Subject: physics
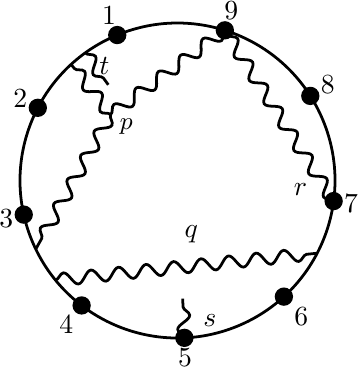
LaTeX code:
\begin{tikzpicture}[rotate=-67.5, line width=1, scale=2]
	\def \n {9}
	\draw circle(1)
	\foreach \v in{1,...,\n}
	{(360*\v/\n-360/\n+180:1)circle(.4pt)circle(.8pt)circle(1.2pt)circle(1.4pt) node[anchor=360/\n*\v-360/\n-67.5]{$\v$}};
	\foreach \x/\y in {-0.940/-0.342,0.058/-0.998,-0.766/0.643}{\draw[decorate,decoration={snake,amplitude=0.8mm}] (-0.549,-0.232) -- (\x,\y);}
	\draw (-0.549,-0.232) node[shift = {(.2,-.15)}] {\small $p$};
	\draw[decorate,decoration={snake,amplitude=0.8mm}] (0.287,-0.958) -- (0.766,0.643);
	\draw[decorate,decoration={snake,amplitude=0.8mm}] (0.940,-0.342) -- ++({atan(-0.364)}:-.25 cm);
 \draw (.9,-.15) node {$s$};
	\draw[decorate,decoration={snake,amplitude=0.8mm}] (0.500,0.866) -- (-0.766,0.643);
	\draw[decorate,decoration={snake,amplitude=0.8mm}] (-0.973,-0.231) -- ++({atan(0.237)}:.25 cm);
	\draw (.35,.7) node {$r$};
    \draw (.35,-.05) node {$q$};
    \draw (-0.85,-0.15) node {$t$};
\end{tikzpicture}